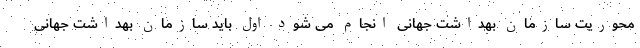
محوریت سازمان بهداشت جهانی انجام می شود اول باید سازمان بهداشت جهانی